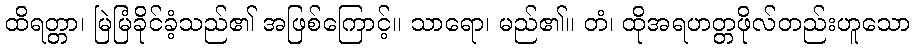
ထိရတ္တာ၊ မြဲမြံခိုင်ခံ့သည်၏ အဖြစ်ကြောင့်။ သာရော၊ မည်၏။ တံ၊ ထိုအရဟတ္တဖိုလ်တည်းဟူသော